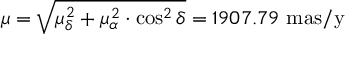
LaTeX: \mu = { \sqrt { \mu _ { \delta } ^ { 2 } + \mu _ { \alpha } ^ { 2 } \cdot \cos ^ { 2 } \delta } } = 1 9 0 7 . 7 9 ~ { \mathrm { m a s / y } }